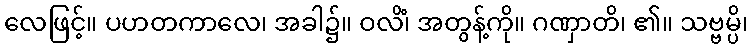
လေဖြင့်။ ပဟတကာလေ၊ အခါ၌။ ဝလိံ၊ အတွန့်ကို။ ဂဏှာတိ၊ ၏။ သဗ္ဗမ္ပိ၊